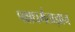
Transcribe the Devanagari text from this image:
पक्षधर्मताज्ञान